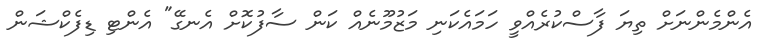
އެންމެންނަށް ތިޔަ ފާސްކުރެއްވީ ހަމައެކަނި މަޒުމޫނެއް ކަން ސާފުކޮށް އެނގޭ" އެންޓި ޑިފެކްޝަން